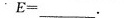
E = ___ 。